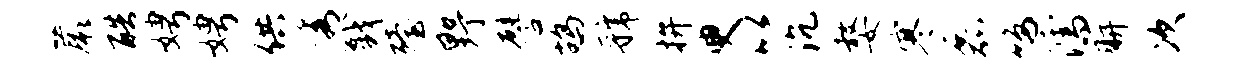
蕨酷娉娉供秀戮殪野譬鸪虢拚臾以沉嫠寒磊鸣濡胼次